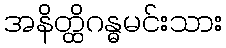
အနိတ္ထိဂန္ဓမင်းသား